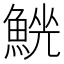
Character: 𩸟